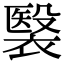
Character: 𧜤